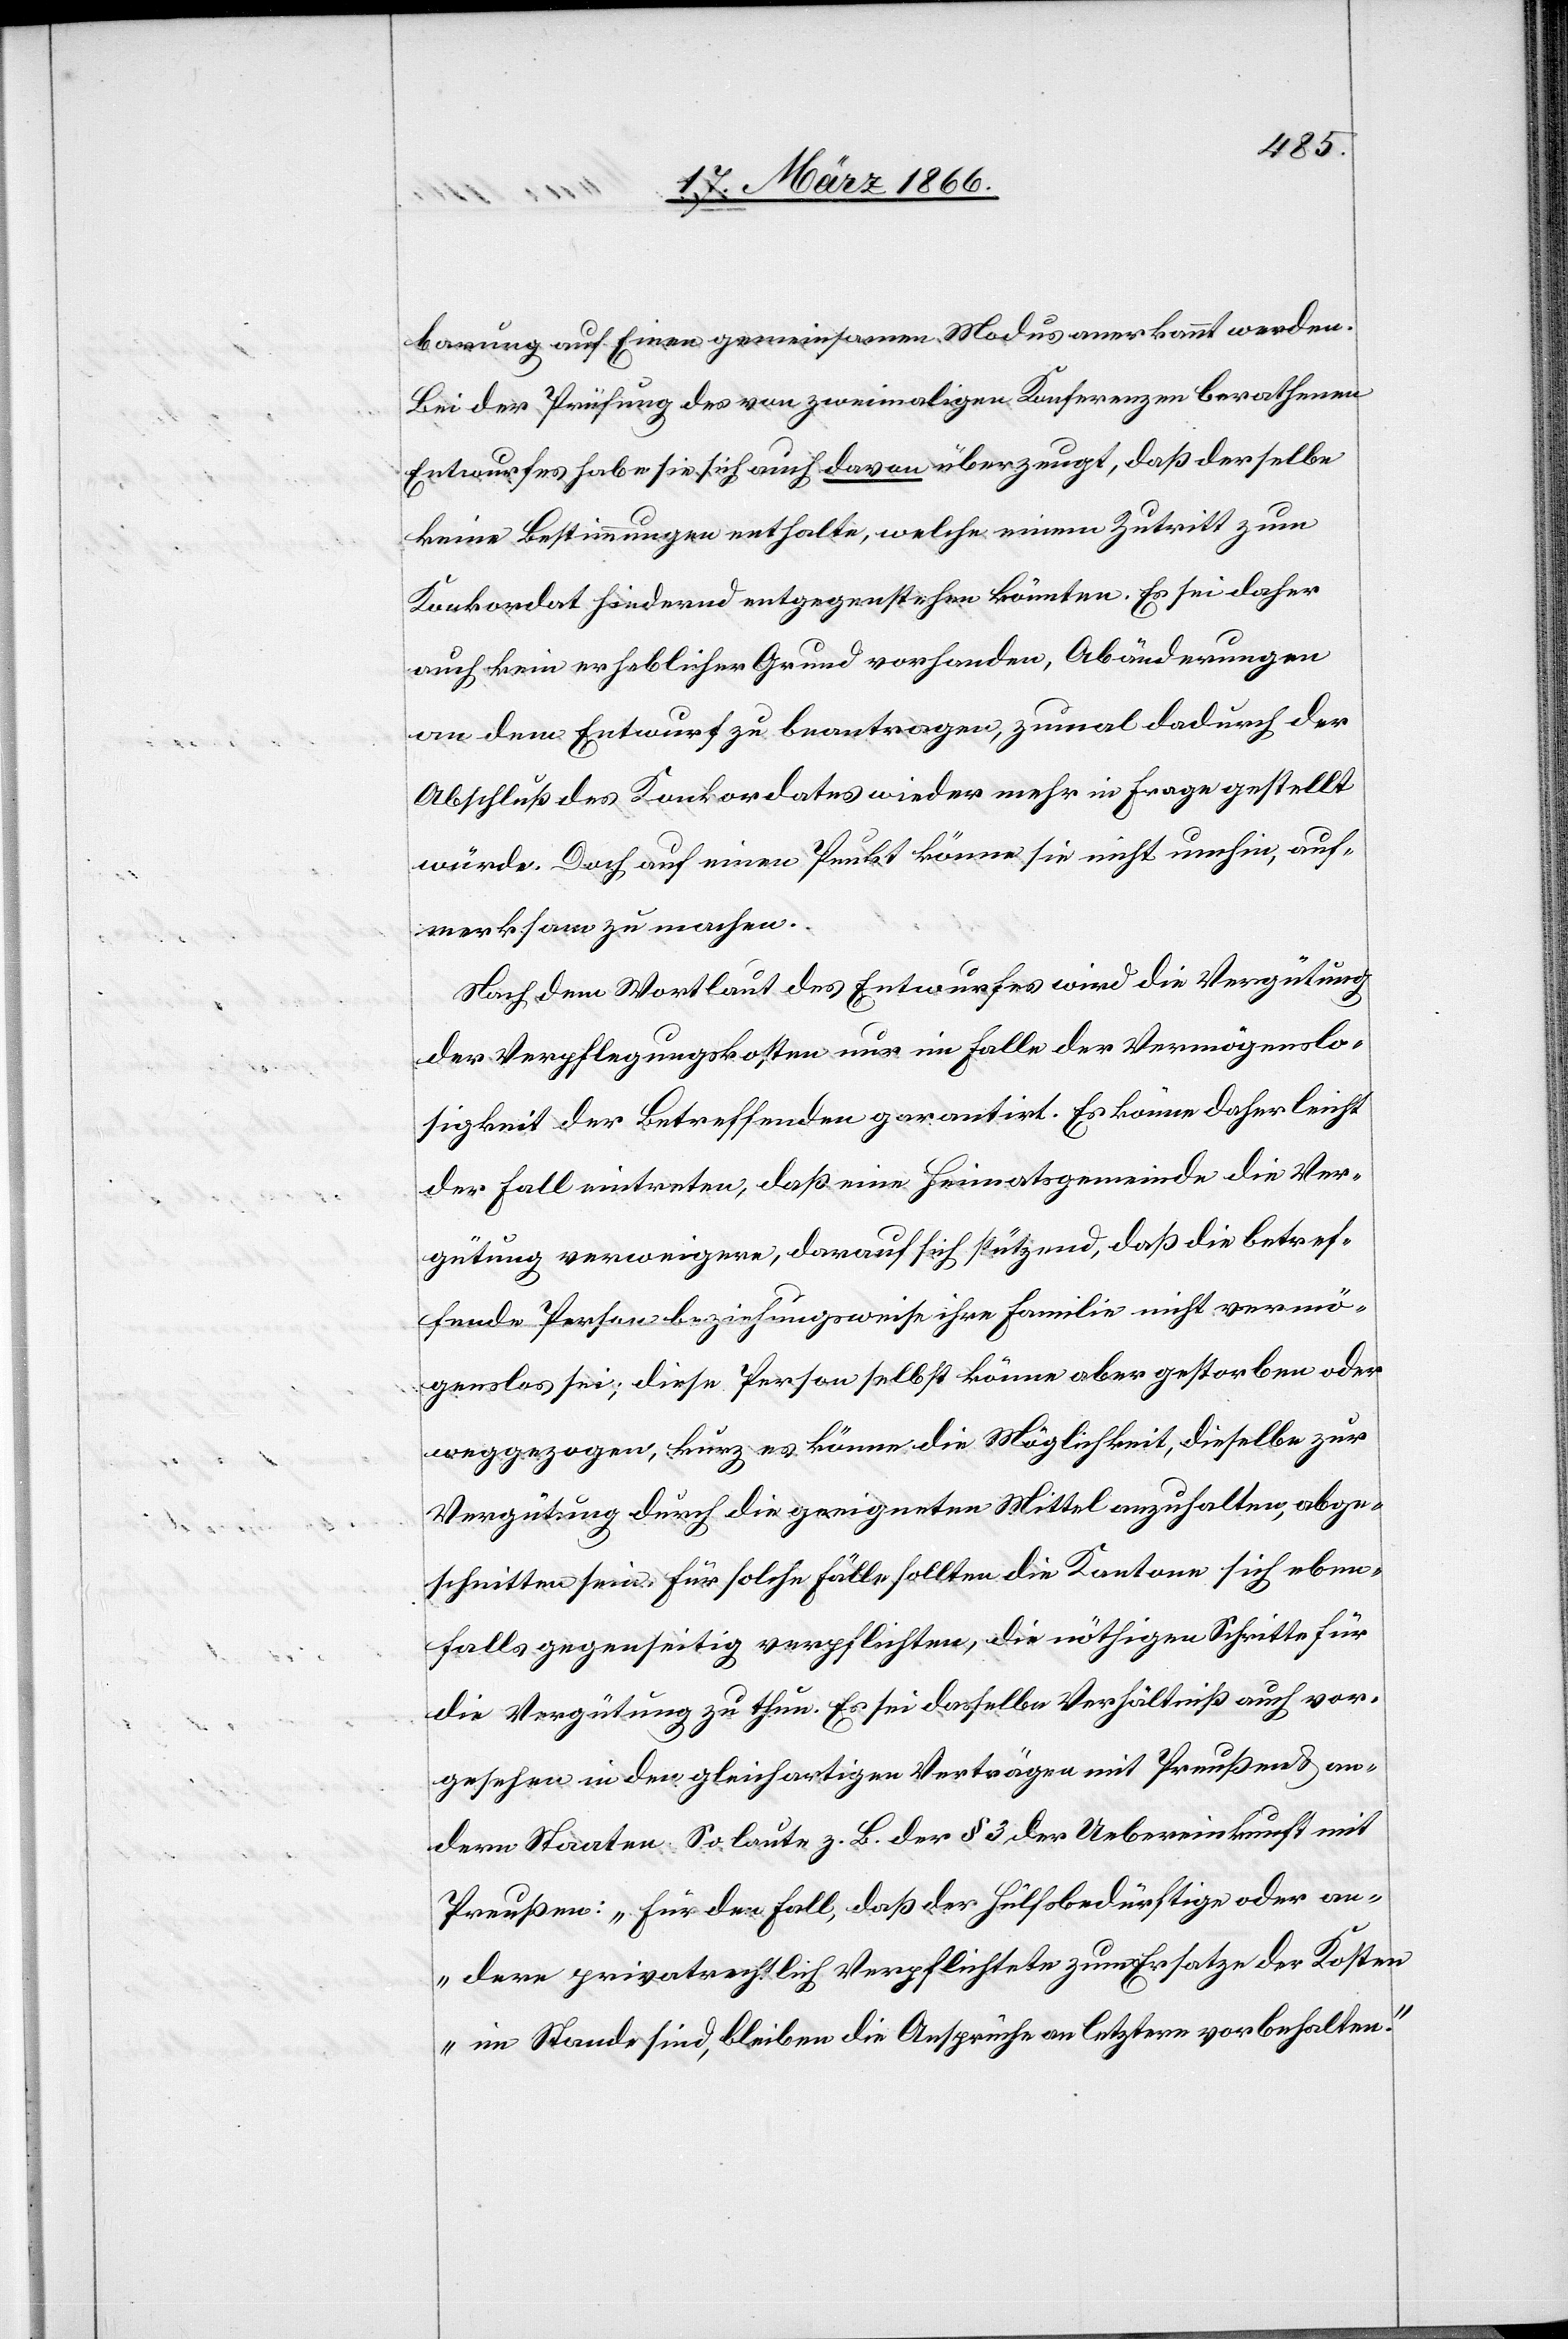
barung auf einen gemeinsamen Modus anerkannt werden.
Bei der Prüfung des von zweimaligen Konferenzen berathenen
Entwurfes habe sie sich auch davon überzeugt, daß derselbe
keine Bestimmungen enthalte, welche einen Zutritt zum
Konkordat hindernd entgegenstehen könnten. Es sei daher
auch kein erheblicher Grund vorhanden, Abänderungen
an dem Entwurf zu beantragen, zumal dadurch der
Abschluß des Konkordates wieder mehr in Frage gestellt
würde. Doch auf einen Punkt könne sie nicht umhin, auf¬
merksam zu machen:
Nach dem Wortlaut des Entwurfes wird die Vergütung
der Verpflegungskosten nur im Falle der Vermögenslo¬
sigkeit der Betreffenden garantirt. Es könne daher leicht
der Fall eintreten, daß eine Heimatsgemeinde die Ver¬
gütung verweigere, darauf sich stützend, daß die betref¬
fende Person beziehungsweise Familie nicht vermö¬
genslos sei; diese Person selbst könne aber gestorben oder
weggegangen, kurz es könne die Möglichkeit, dieselbe zur
Vergütung durch die geeigneten Mittel anzuhalten, abge¬
schnitten sein. Für solche Fälle sollten die Kantone sich eben¬
falls gegenseitig verpflichten, die nöthigen Schritte für
die Vergütung zu thun. Es sei dasselbe Verhältniß auch vor¬
gesehen in den gleichartigen Verträgen mit Preußen u. an¬
dern Staaten. Es laute z. B. der § 3 der Uebereinkunft mit
Preußen: „für den Fall, daß der Hülfsbedürftige oder an¬
dere privatrechtlich Verpflichtete zum Ersatze der Kosten
im Stande sind, bleiben die Ansprüche an letztern vorbehalten.